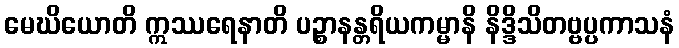
မေဃိယောတိ ဣဿရေနာတိ ပဉ္စာနန္တရိယကမ္မာနိ နိဒ္ဒိသိတဗ္ဗပ္ပကာသနံ